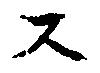
ス